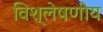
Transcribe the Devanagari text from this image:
विश्लेषणीय